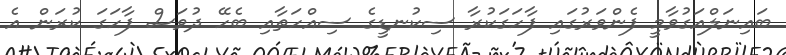
ބައިނަލްއަގުވާމީ ފެންވަރުގައި ފާހަގަކުރާ ސިކުނޑީގެ ސިއްހަތާއި ބެހޭ ދުވަސް ފާހަގަ ކުރަން އެ